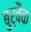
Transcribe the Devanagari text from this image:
बुर्बैंक